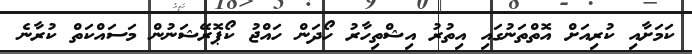
ކަމަށާއި ކުރިއަށް އޮތްތަނުގައި އިތުރު އިޝްތިހާރު ހޯދަން ހައްޖު ކޯޕޮރޭޝަނުން މަސައްކަތް ކުރާނެ